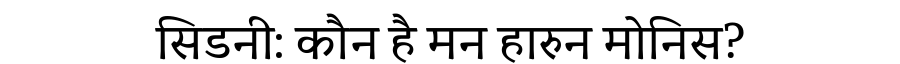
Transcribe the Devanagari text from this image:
सिडनी: कौन है मन हारुन मोनिस?